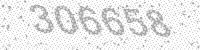
Solution: 306658